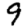
Digit: 9